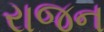
રાજન